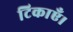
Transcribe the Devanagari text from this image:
टिकाएँ।